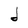
Character: d